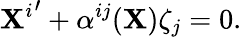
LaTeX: {\mathbf{X}^{i}}^{\prime}+\alpha^{ij}(\mathbf{X})\zeta_{j}=0.